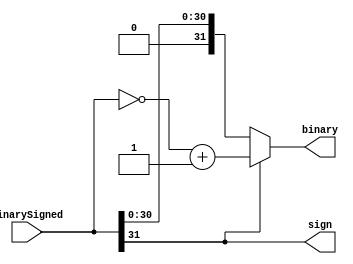
module two_complement_conversor(binarySigned, binary, sign);
	input [31:0] binarySigned;
	output reg [31:0] binary;
	output reg sign;
	
	always@(*) 
	begin
		sign = binarySigned[31:31];
		if (sign)
			binary = ~binarySigned + {{31{1'b0}},1'b1};
		else
			binary = binarySigned;
	end
endmodule